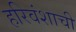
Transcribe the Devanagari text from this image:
हरिवंशाची